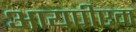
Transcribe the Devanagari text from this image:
आयपीएम